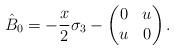
LaTeX: \begin{gather*}\hat{B}_0=-\frac{x}{2}\sigma_3-\begin{pmatrix}0&u\\ u&0\end{pmatrix}.\end{gather*}